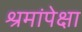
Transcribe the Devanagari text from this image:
श्रमांपेक्षा